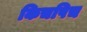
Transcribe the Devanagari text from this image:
किचपिच